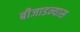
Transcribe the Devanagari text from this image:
बीजाडन्यास